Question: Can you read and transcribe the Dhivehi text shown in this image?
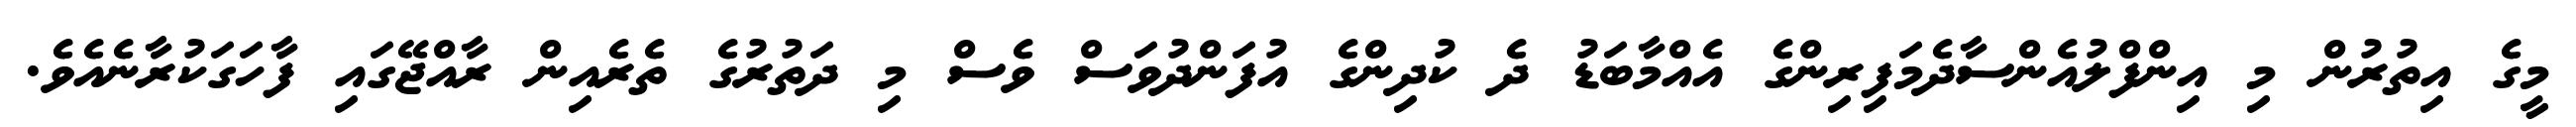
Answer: މީގެ އިތުރުން މި އިންފްލުއެންސާދެމަފިރިންގެ އެއްމާބަޑު ދެ ކުދިންގެ އުފަންދުވަސް ވެސް މި ދަތުރުގެ ތެރެއިން ރާއްޖޭގައި ފާހަގަކުރާނެއެވެ.